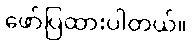
ဖော်ပြထားပါတယ်။